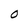
Character: 0